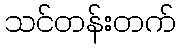
သင်တန်းတက်